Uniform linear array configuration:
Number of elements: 48
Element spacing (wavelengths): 0.5
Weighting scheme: hamming
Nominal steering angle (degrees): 15
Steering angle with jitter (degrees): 16.37
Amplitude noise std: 0.05
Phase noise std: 0.05

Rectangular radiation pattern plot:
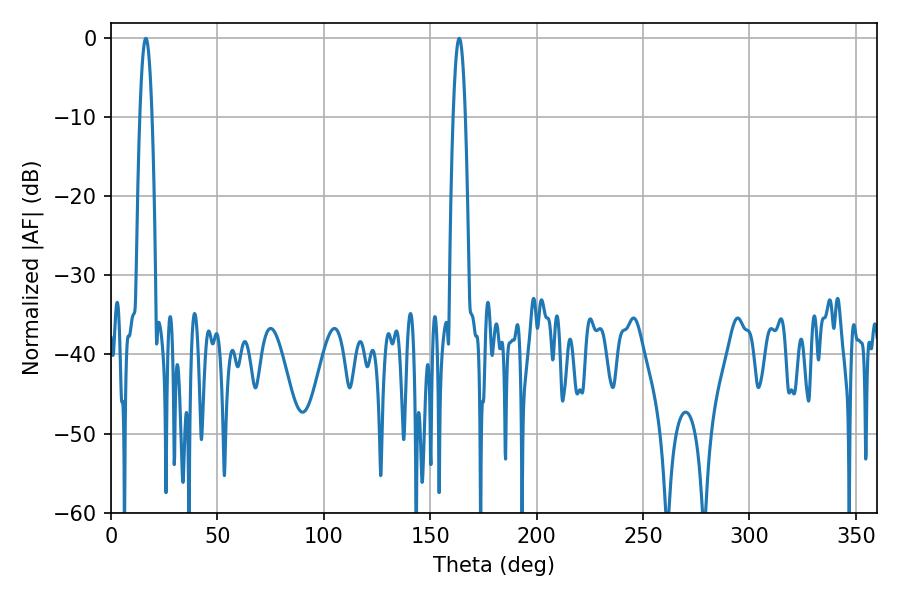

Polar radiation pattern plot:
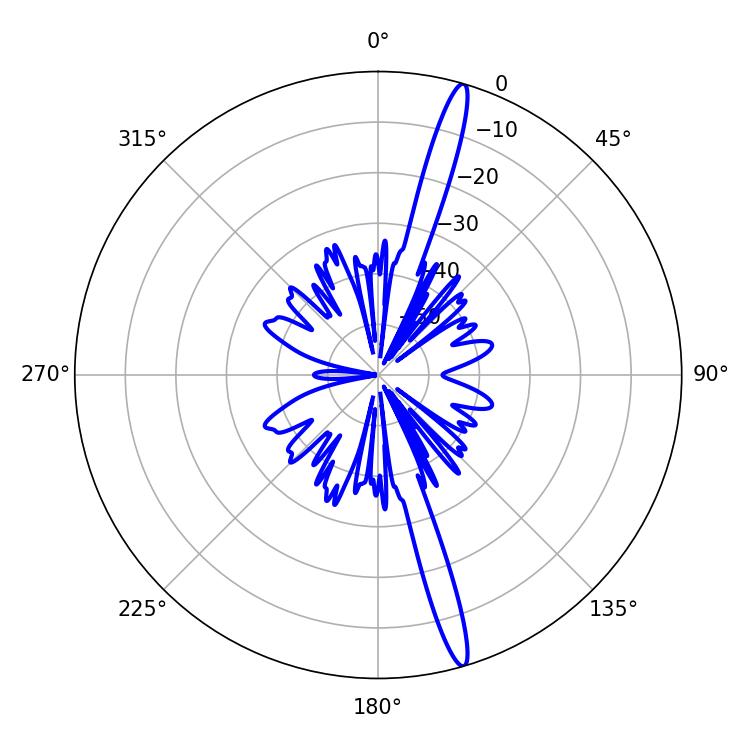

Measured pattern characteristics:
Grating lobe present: FALSE
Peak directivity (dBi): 17.728
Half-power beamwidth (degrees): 3.24
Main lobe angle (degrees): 16.38